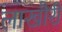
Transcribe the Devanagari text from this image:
लाखौरी